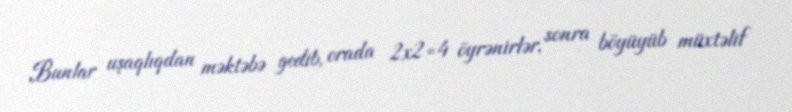
Bunlar uşaqlıqdan məktəbə gedib, orada 2x2=4 öyrənirlər, sonra böyüyüb müxtəlif